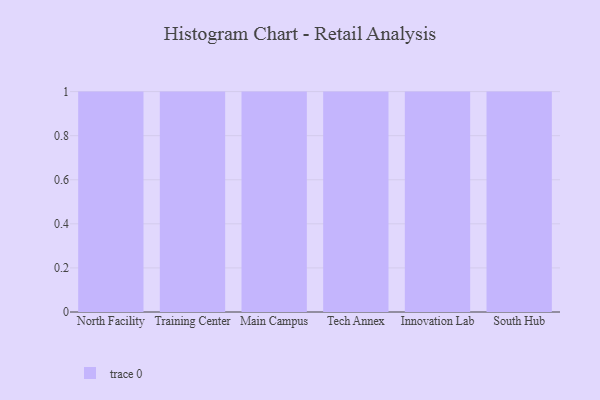
{"axis": {"x": "Campus", "y": "Market Share (%)"}, "legend": [""], "data": [{"x": "North Facility", "y": 78, "type": ""}, {"x": "Training Center", "y": 72, "type": ""}, {"x": "Main Campus", "y": 36, "type": ""}, {"x": "Tech Annex", "y": 83, "type": ""}, {"x": "Innovation Lab", "y": 5, "type": ""}, {"x": "South Hub", "y": 30, "type": ""}]}